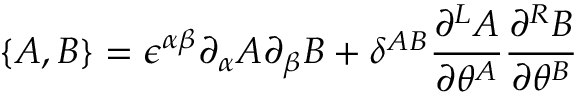
\{ A , B \} = \epsilon ^ { \alpha \beta } \partial _ { \alpha } A \partial _ { \beta } B + \delta ^ { A B } \frac { \partial ^ { L } A } { \partial \theta ^ { A } } \frac { \partial ^ { R } B } { \partial \theta ^ { B } }